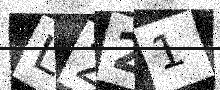
Text: L221